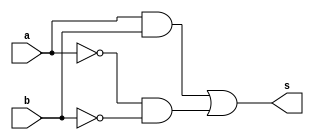
// --------------------- 
// Guia01_07 - xnor 
// Nome: Bruno Cezar Andrade Viallet
// --------------------- 

// --------------------- 
// --  xnor gate 
// ---------------------
module xnorgate (s, a, b); 
	input a, b;
	output s;
	
	assign s = (a & b)|(~a & ~b);  
endmodule // xnor 

// --------------------- 
// -- test xnorgate 
// --------------------- 
module testxnorgate; 
// ------------------------- dados locais 
	reg a,b; // definir registrador 
	wire s; // definir conexao (fio) 
// ------------------------- instancia 
	xnorgate XNOR1 (s, a, b); 

// ------------------------- parte principal 
initial begin:main 
	a=0; b=0; 
	$display("Guia01_07 - Bruno Cezar Andrade Viallet - 396679");
	$display("Test xnor gate"); 
	$display("\n a ~^ b = s\n"); 
	$monitor("%b ~^ %b = %b", a, b, s); 
  	#1  a=0; b=0;
	#1  a=0; b=1;
	#1  a=0; b=1;
	#1  a=1; b=0;
	#1  a=1; b=0;
	#1  a=1; b=1;
	#1  a=1; b=1;
end 

endmodule // testxnorgate